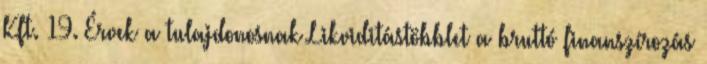
Kft. 19. Érvek a tulajdonosnak Likviditástöbblet a bruttó finanszírozás